Source: Computer-generated
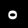
Digit: ၀ (0)